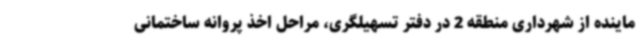
ماینده از شهرداری منطقه 2 در دفتر تسهیلگری، مراحل اخذ پروانه ساختمانی